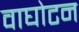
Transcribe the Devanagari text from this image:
वाघोटन